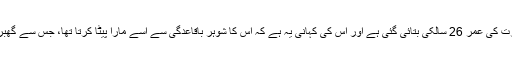
فلم ميں دوسری عورت کی عمر 26 سالکی بتائی گئی ہے اور اُس کی کہانی يہ ہے کہ اُس کا شوہر باقاعدگی سے اُسے مارا پيٹا کرتا تھا، جس سے گھبراکر وہ فرار ہو گئی۔